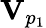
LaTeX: \mathbf V_{p_{1}}